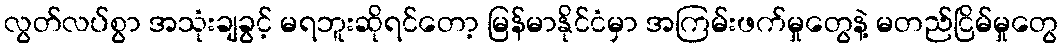
လွတ်လပ်စွာ အသုံးချခွင့် မရဘူးဆိုရင်တော့ မြန်မာနိုင်ငံမှာ အကြမ်းဖက်မှုတွေနဲ့ မတည်ငြိမ်မှုတွေ